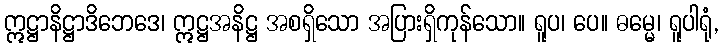
ဣဋ္ဌာနိဋ္ဌာဒိဘေဒေ၊ ဣဋ္ဌအနိဋ္ဌ အစရှိသော အပြားရှိကုန်သော။ ရူပ၊ ပေ။ ဓမ္မေ၊ ရူပါရုံ,